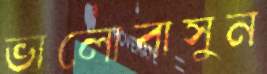
ভালোবাসুন